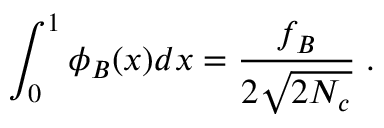
\int _ { 0 } ^ { 1 } \phi _ { B } ( x ) d x = \frac { f _ { B } } { 2 \sqrt { 2 N _ { c } } } \; .